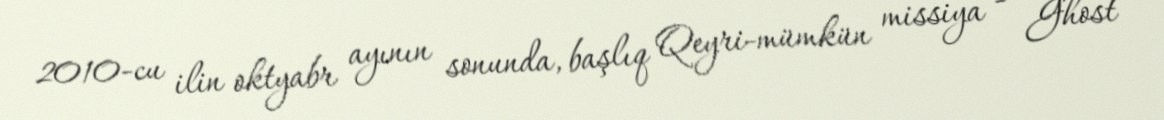
2010-cu ilin oktyabr ayının sonunda, başlıq Qeyri-mümkün missiya - Ghost